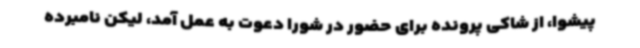
پیشوا، از شاکی پرونده برای حضور در شورا دعوت به عمل آمد، لیکن نامبرده